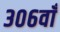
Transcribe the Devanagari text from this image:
३०६वाँ